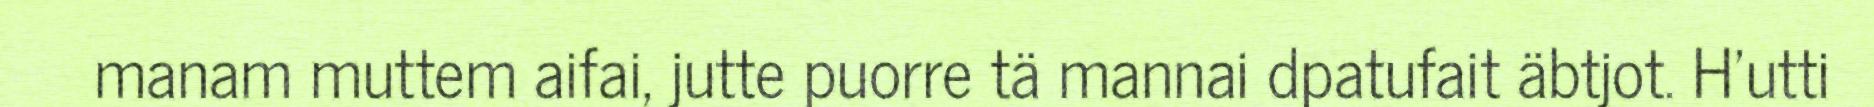
manam muttem aifai, jutte puorre tä mannai dpatufait äbtjot. H'utti